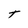
Character: T